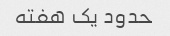
حدود یک هفته